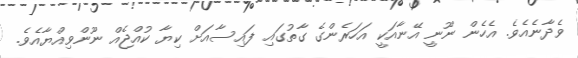
ވެދާނެއެވެ. އެހެން ނޫނީ އޭނާއަކީ އަހަރެންގެ ގާތުގައި ފައިސާއަށް ކިޔާ ކުއްޖެއް ނޫންވިއްޔާއެވެ.